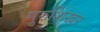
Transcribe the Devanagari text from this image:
गुरुशिखऱ